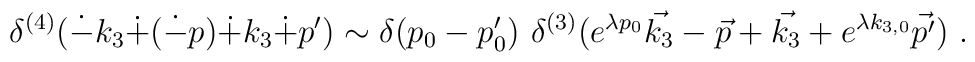
\delta^{(4)}(\dot{-}k_3\dot{+}(\dot{-}p)\dot{+}k_3\dot{+}p')\sim  \delta(p_0-p'_0)\,\,\delta^{(3)}(e^{\lambda p_0}\vec{k_3}-\vec{p}+\vec{k_3}+  e^{\lambda k_{3,0}}\vec{p'}) ~.